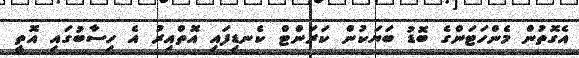
އެގޮތުން މެންހަޓަންގެ ބޮޑު ބަޔަކުން ކަރަންޓް ކެނޑިފައި އޮތްއިރު އެ ހިސާބުގައި އޮތީ